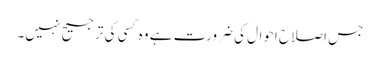
جس اصلاح احوال کی ضرورت ہے وہ کسی کی ترجیح نہیں۔